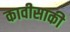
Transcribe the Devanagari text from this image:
कावीसाकी